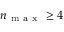
n _ { \mathrm { ~ m ~ a ~ x ~ } } \geq 4